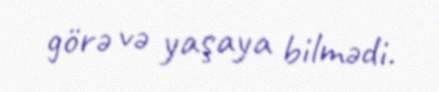
görə və yaşaya bilmədi.